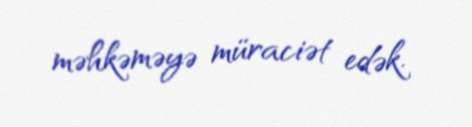
məhkəməyə müraciət edək.